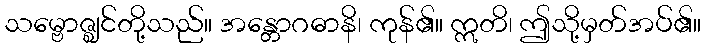
သမ္ဗောဇ္ဈင်တို့သည်။ အန္တောဂဓာနိ၊ ကုန်၏။ ဣတိ၊ ဤသို့မှတ်အပ်၏။